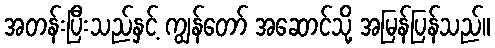
အတန်းပြီးသည်နှင့် ကျွန်တော် အဆောင်သို့ အမြန်ပြန်သည်။